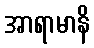
အာရာမာနိ